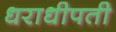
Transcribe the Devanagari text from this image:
धराधीपती